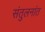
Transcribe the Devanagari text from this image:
संतुलनांत